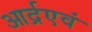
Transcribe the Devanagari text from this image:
आर्द्रएवं